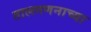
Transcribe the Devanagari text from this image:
तालगणनाच्या